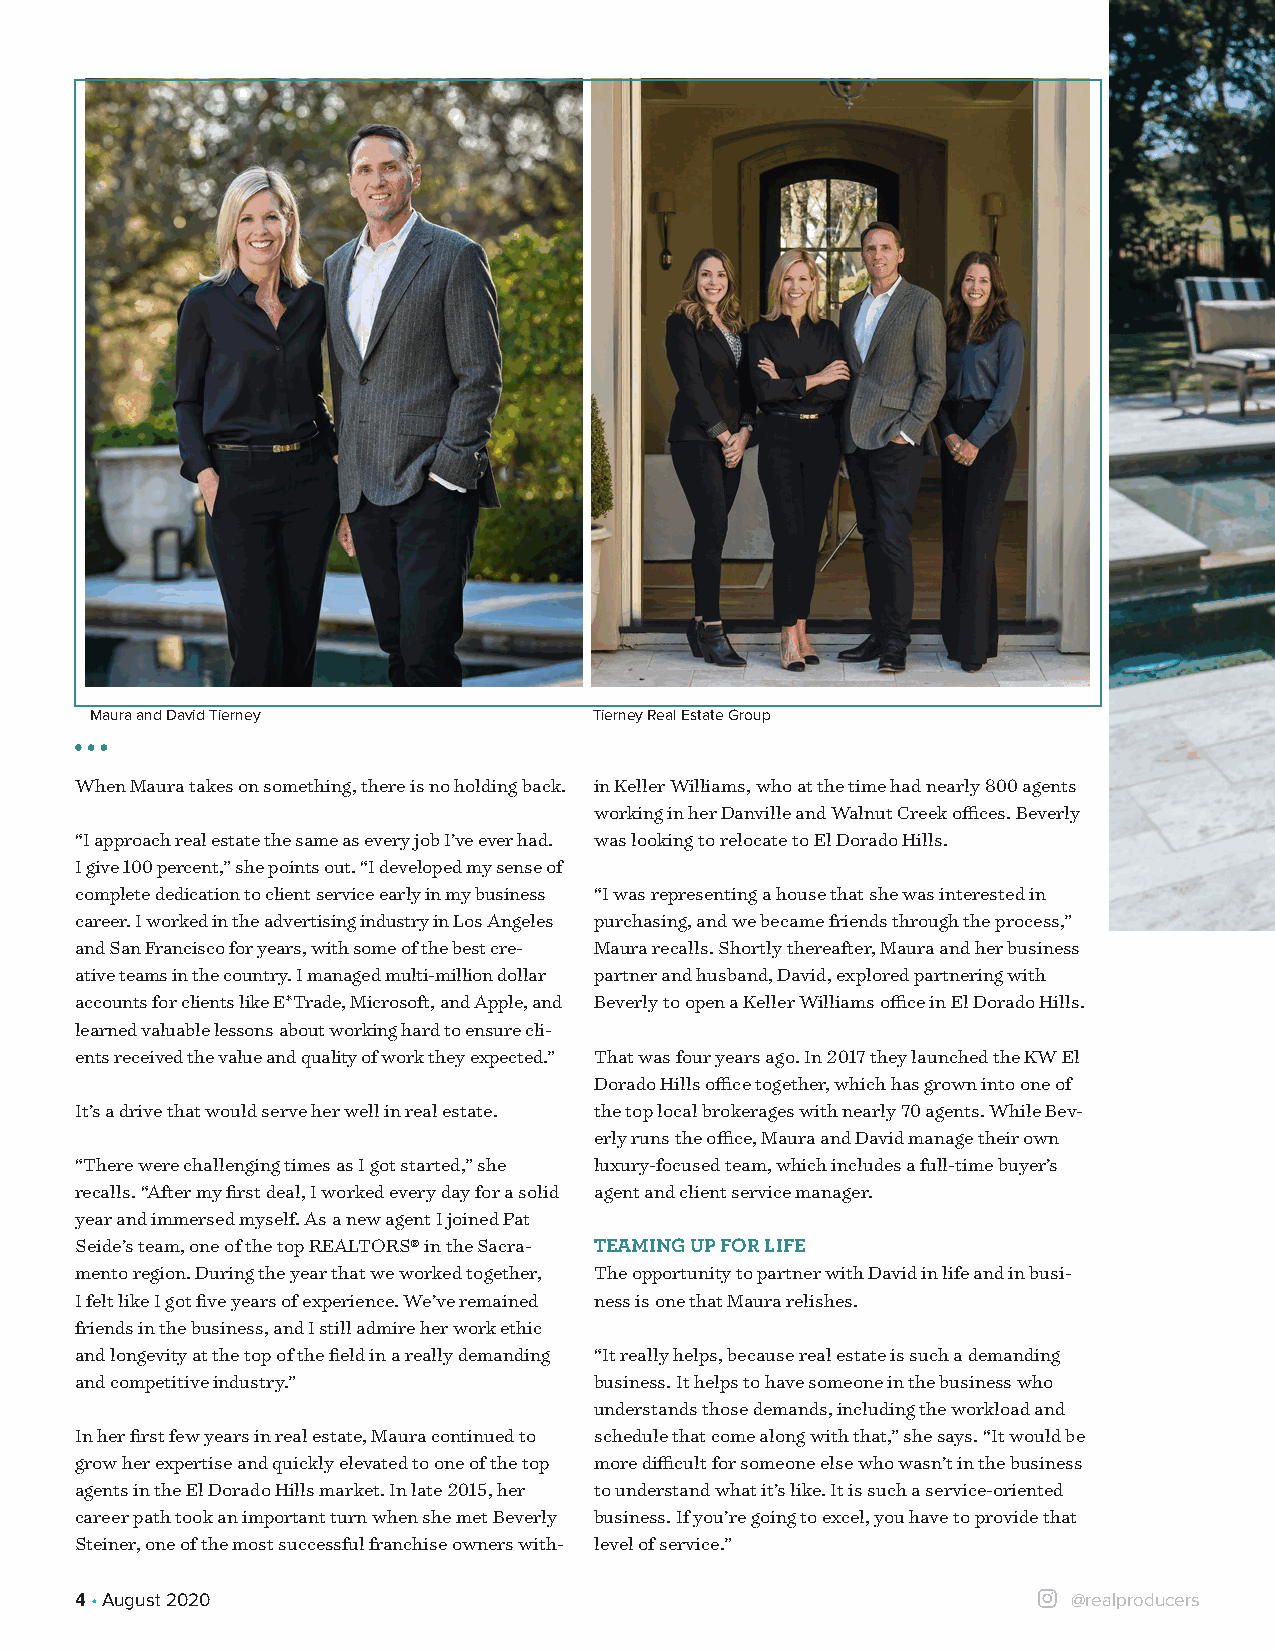
Maura and David Tierney          Tierney Real Estate Group
 When Maura takes on something, there is no holding back. in Keller Williams, who at the time had nearly 800 agents
 working in her Danville and Walnut Creek offices. Beverly
 “I approach real estate the same as every job I’ve ever had. was looking to relocate to El Dorado Hills.
 I give 100 percent,” she points out. “I developed my sense of
 complete dedication to client service early in my business “I was representing a house that she was interested in
 career. I worked in the advertising industry in Los Angeles purchasing, and we became friends through the process,”
 and San Francisco for years, with some of the best cre- Maura recalls. Shortly thereafter, Maura and her business
 ative teams in the country. I managed multi-million dollar partner and husband, David, explored partnering with
 accounts for clients like E*Trade, Microsoft, and Apple, and Beverly to open a Keller Williams office in El Dorado Hills.
 learned valuable lessons about working hard to ensure cli-
 ents received the value and quality of work they expected.” That was four years ago. In 2017 they launched the KW El
 Dorado Hills office together, which has grown into one of
 It’s a drive that would serve her well in real estate. the top local brokerages with nearly 70 agents. While Bev-
 erly runs the office, Maura and David manage their own
 “There were challenging times as I got started,” she luxury-focused team, which includes a full-time buyer’s
 recalls. “After my first deal, I worked every day for a solid agent and client service manager.
 year and immersed myself. As a new agent I joined Pat
 Seide’s team, one of the top REALTORS® in the Sacra- TEAMING UP FOR LIFE
 mento region. During the year that we worked together, The opportunity to partner with David in life and in busi-
 I felt like I got five years of experience. We’ve remained ness is one that Maura relishes.
 friends in the business, and I still admire her work ethic
 and longevity at the top of the field in a really demanding “It really helps, because real estate is such a demanding
 and competitive industry.”        business. It helps to have someone in the business who
 understands those demands, including the workload and
 In her first few years in real estate, Maura continued to schedule that come along with that,” she says. “It would be
 grow her expertise and quickly elevated to one of the top more difficult for someone else who wasn’t in the business
 agents in the El Dorado Hills market. In late 2015, her to understand what it’s like. It is such a service-oriented
 career path took an important turn when she met Beverly business. If you’re going to excel, you have to provide that
 Steiner, one of the most successful franchise owners with- level of service.”
 4 • August 2020                                                   @realproducers